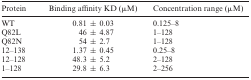
| Protein | Binding affinity KD (μM) | Concentration range (μM) |
 | --- | --- | --- |
 | WT | 0.81 ± 0.03 | 0.125–8 |
 | Q82L | 46 ± 4.87 | 1–128 |
 | Q82N | 54 ± 2.7 | 1–128 |
 | 12–138 | 1.37 ± 0.45 | 0.25–8 |
 | 12–128 | 48.3 ± 5.2 | 2–128 |
 | 1–128 | 29.8 ± 6.3 | 2–256 |